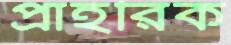
প্রাহরিক